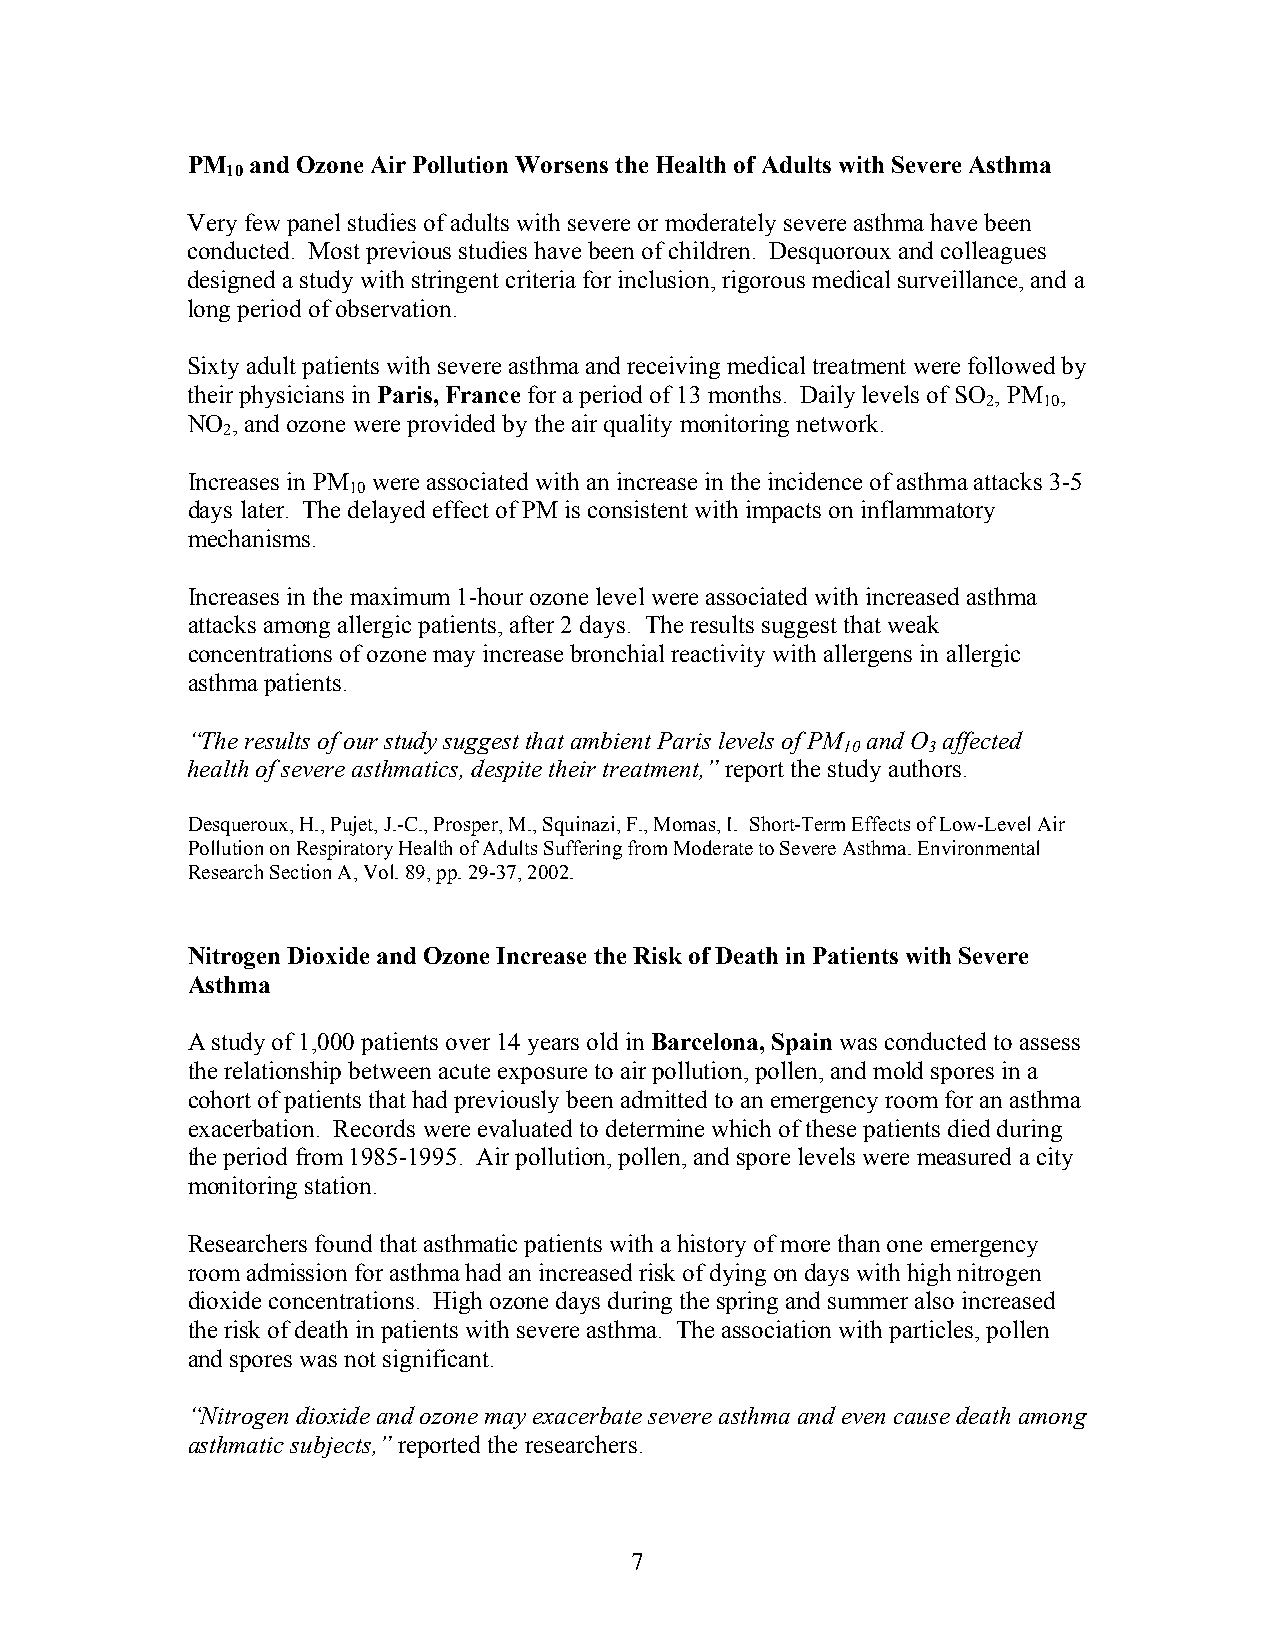
PM   and Ozone Air Pollution Worsens the Health of Adults with Severe Asthma
 10
 Very few panel studies of adults with severe or moderately severe asthma have been
 conducted. Most previous studies have been of children. Desquoroux and colleagues
 designed a study with stringent criteria for inclusion, rigorous medical surveillance, and a
 long period of observation.
 Sixty adult patients with severe asthma and receiving medical treatment were followed by
 their physicians in Paris, France for a period of 13 months. Daily levels of SO , PM ,
 2   10
 NO , and ozone were provided by the air quality monitoring network.
 2
 Increases in PM were associated with an increase in the incidence of asthma attacks 3-5
 10
 days later. The delayed effect of PM is consistent with impacts on inflammatory
 mechanisms.
 Increases in the maximum 1-hour ozone level were associated with increased asthma
 attacks among allergic patients, after 2 days. The results suggest that weak
 concentrations of ozone may increase bronchial reactivity with allergens in allergic
 asthma patients.
 “The results of our study suggest that ambient Paris levels of PM and O affected
 10   3
 health of severe asthmatics, despite their treatment,” report the study authors.
 Desqueroux, H., Pujet, J.-C., Prosper, M., Squinazi, F., Momas, I. Short-Term Effects of Low-Level Air
 Pollution on Respiratory Health of Adults Suffering from Moderate to Severe Asthma. Environmental
 Research Section A, Vol. 89, pp. 29-37, 2002.
 Nitrogen Dioxide and Ozone Increase the Risk of Death in Patients with Severe
 Asthma
 A study of 1,000 patients over 14 years old in Barcelona, Spain was conducted to assess
 the relationship between acute exposure to air pollution, pollen, and mold spores in a
 cohort of patients that had previously been admitted to an emergency room for an asthma
 exacerbation. Records were evaluated to determine which of these patients died during
 the period from 1985-1995. Air pollution, pollen, and spore levels were measured a city
 monitoring station.
 Researchers found that asthmatic patients with a history of more than one emergency
 room admission for asthma had an increased risk of dying on days with high nitrogen
 dioxide concentrations. High ozone days during the spring and summer also increased
 the risk of death in patients with severe asthma. The association with particles, pollen
 and spores was not significant.
 “Nitrogen dioxide and ozone may exacerbate severe asthma and even cause death among
 asthmatic subjects,” reported the researchers.
 7